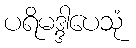
ပရိမဒ္ဒါပေသုံ